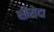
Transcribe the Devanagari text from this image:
क्षीरोदा